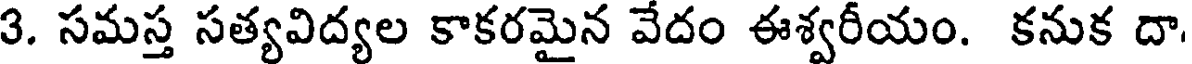
3. సమస్త సత్యవిద్యల కాకరమైన వేదం ఈశ్వరీయం. కనుక దా